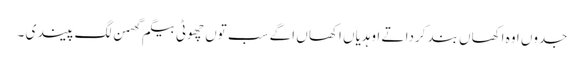
جدوں اوہ اکھاں بند کردا تے اوہدیاں اکھا ں اگے سب توں چھوٹی بیگم گھمن لگ پیندی ۔